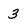
Character: 3